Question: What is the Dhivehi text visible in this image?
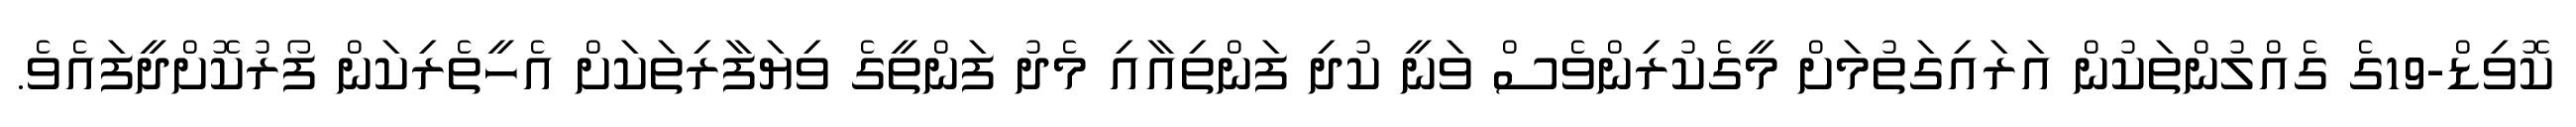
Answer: ކޮވިޑް-19ގެ ގެއްލުންތަކުން އަރައިގަތުމަށް މީގެކުރިންވެސް ވަނީ ކުދި ފަންތިއާއި މެދު ފަންތީގެ ވިޔަފާރިތަކަށް އެހީތެރިކަން ފޯރުކޮށްދީފައެވެ.